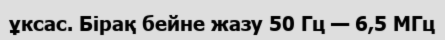
ұксас. Бірақ бейне жазу 50 Гц — 6,5 МГц